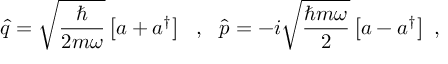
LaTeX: \hat { q } = \sqrt { \frac { \hbar } { 2 m \omega } } \left[ a + a ^ { \dagger } \right] \ \ , \ \ \hat { p } = - i \sqrt { \frac { \hbar m \omega } { 2 } } \left[ a - a ^ { \dagger } \right] \ ,